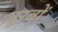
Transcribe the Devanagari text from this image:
बूरबों